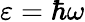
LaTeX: \varepsilon=\hbar\omega